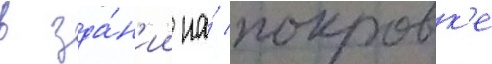
в зда́н'ии на́ покровк'е